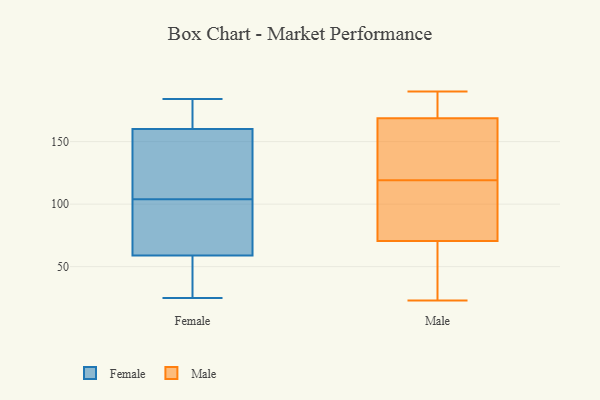
{"axis": {"x": "Market Share (%)", "y": "Value"}, "legend": ["Female", "Male"], "data": [{"x": "", "y": 104, "type": "Female"}, {"x": "", "y": 57, "type": "Female"}, {"x": "", "y": 172, "type": "Female"}, {"x": "", "y": 180, "type": "Female"}, {"x": "", "y": 39, "type": "Female"}, {"x": "", "y": 184, "type": "Female"}, {"x": "", "y": 87, "type": "Female"}, {"x": "", "y": 25, "type": "Female"}, {"x": "", "y": 65, "type": "Female"}, {"x": "", "y": 139, "type": "Female"}, {"x": "", "y": 167, "type": "Female"}, {"x": "", "y": 124, "type": "Female"}, {"x": "", "y": 48, "type": "Female"}, {"x": "", "y": 69, "type": "Female"}, {"x": "", "y": 104, "type": "Female"}, {"x": "", "y": 38, "type": "Male"}, {"x": "", "y": 186, "type": "Male"}, {"x": "", "y": 135, "type": "Male"}, {"x": "", "y": 119, "type": "Male"}, {"x": "", "y": 23, "type": "Male"}, {"x": "", "y": 104, "type": "Male"}, {"x": "", "y": 188, "type": "Male"}, {"x": "", "y": 48, "type": "Male"}, {"x": "", "y": 190, "type": "Male"}, {"x": "", "y": 26, "type": "Male"}, {"x": "", "y": 163, "type": "Male"}, {"x": "", "y": 186, "type": "Male"}, {"x": "", "y": 115, "type": "Male"}, {"x": "", "y": 121, "type": "Male"}, {"x": "", "y": 136, "type": "Male"}, {"x": "", "y": 87, "type": "Male"}, {"x": "", "y": 78, "type": "Male"}]}